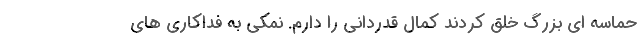
حماسه ای بزرگ خلق کردند کمال قدردانی را دارم. نمکی به فداکاری های